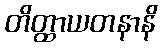
တိတ္ထာယတနာနိ